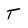
Character: T